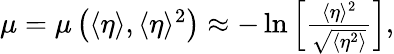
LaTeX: \begin{array}{r}{\mu=\mu\left(\langle\eta\rangle,\langle\eta\rangle^{2}\right)\approx-\ln\left[\frac{\langle\eta\rangle^{2}}{\sqrt{\langle\eta^{2}\rangle}}\right],}\end{array}